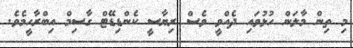
މި ތިން މާލަން ހުޅުވައި ދެއްވީ ވެސް ރިޔާސީ ކެންޑިޑޭޓް ގާސިމް އިބްރާހީމެވެ.